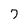
Character: 7